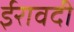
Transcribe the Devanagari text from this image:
ईरावदी